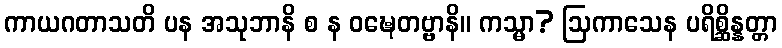
ကာယဂတာသတိ ပန အသုဘာနိ စ န ဝဍ္ဎေတဗ္ဗာနိ။ ကသ္မာ? ဩကာသေန ပရိစ္ဆိန္နတ္တာ